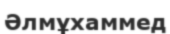
Әлмұхаммед